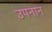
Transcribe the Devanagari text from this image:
उपनान